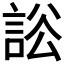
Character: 𧧡